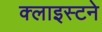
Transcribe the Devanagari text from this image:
क्लाइस्टने